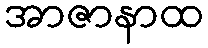
အာဇာနာထ